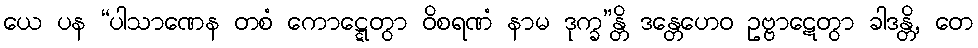
ယေ ပန “ပါသာဏေန တစံ ကောဋ္ဋေတွာ ဝိစရဏံ နာမ ဒုက္ခ”န္တိ ဒန္တေဟေဝ ဥဗ္ဗာဋေတွာ ခါဒန္တိ, တေ